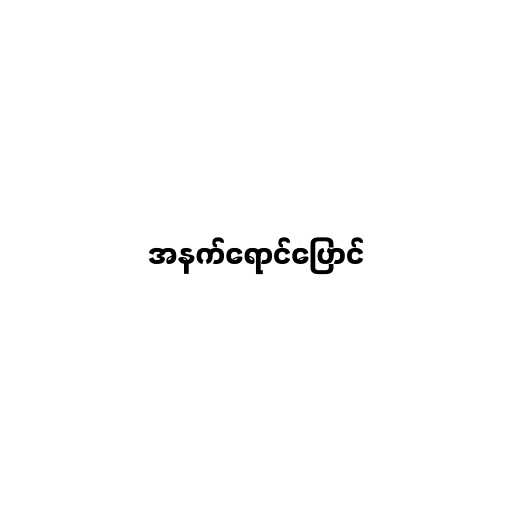
အနက်ရောင်ပြောင်